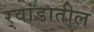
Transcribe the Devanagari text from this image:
र्‍वांडातील